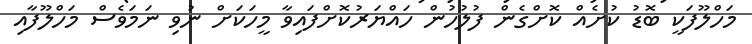
މަހްލޫފަކީ ބޮޑު ކުށެއް ކޮށްގެން ފުލުހުން ހައްޔަރުކޮށްފައިވާ މީހަކަށް ނުވި ނަމަވެސް މަހްލޫފާއި